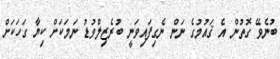
ބުނެވޭ ގޮތުން އެ ޤައުމުގެ ނަން ނެގިފައިވަނީ ބުރެޒިލްވުޑު ނަމަކަށް ކިޔާ ގަހަކަށް